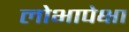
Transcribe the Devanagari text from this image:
लोभापेक्षा